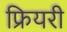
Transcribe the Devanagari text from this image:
फ्रियरी